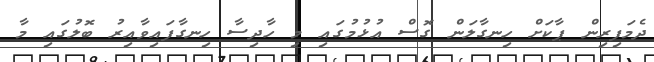
ދެމަފިރިން ޕާކަށް ހިނގާލަން ގޮސް އުޅުމުގައި މި ހާދިސާ ހިނގާފައިވާއިރު ބޮލުގައި މާ